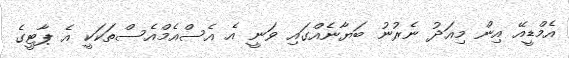
އެމްޑީއޭ އިން މިއަދު ނެރުނު ބަޔާނެއްގައި ވަނީ އެ އެސްއެމްއެސްތަކަކީ އެ ޕާޓީގެ